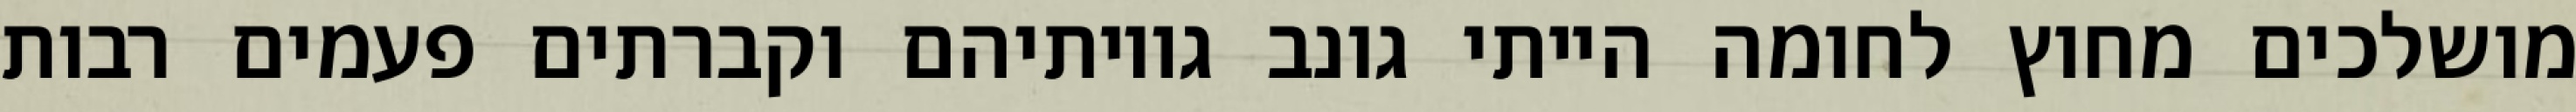
מושלכים מחוץ לחומה הייתי גונב גויותיהם וקברתים פעמים רבות